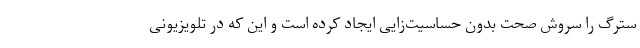
سترگ را سروش صحت بدون حساسیت‌زایی ایجاد کرده است و این که در تلویزیونی